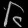
Digit: ၆